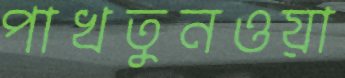
পাখতুনওয়া